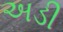
અડી